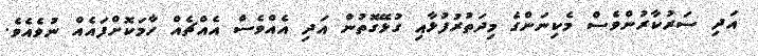
އަދި ސަރުކާރުންވެސް މެކިނަންގެ މިދަތުރުފުޅާއި ގުޅޭގޮތުން އަދި އެއްވެސް އެއްޗެއް ހާމަކޮށްފައެއް ނުވެއެވެ.